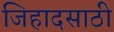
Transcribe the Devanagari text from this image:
जिहादसाठी